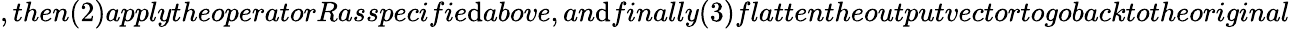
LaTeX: ,then(2)applytheoperatorRasspecifie\mathrm{d}above,an\mathrm{d}finally(3)flattentheoutputvectortogobacktotheoriginal